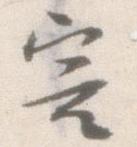
害